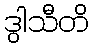
ဒွါသီတိ